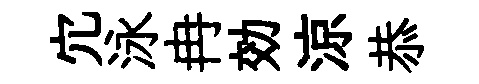
宂泳冉効涼恭